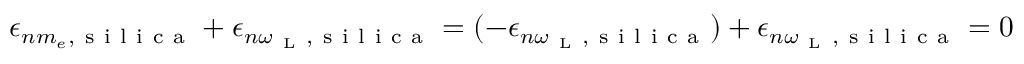
\epsilon _ { n m _ { e } , \mathrm { ~ s ~ i ~ l ~ i ~ c ~ a ~ } } + \epsilon _ { n \omega _ { \mathrm { ~ L ~ } } , \mathrm { ~ s ~ i ~ l ~ i ~ c ~ a ~ } } = ( - \epsilon _ { n \omega _ { \mathrm { ~ L ~ } } , \mathrm { ~ s ~ i ~ l ~ i ~ c ~ a ~ } } ) + \epsilon _ { n \omega _ { \mathrm { ~ L ~ } } , \mathrm { ~ s ~ i ~ l ~ i ~ c ~ a ~ } } = 0